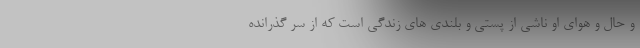
و حال و هوای او ناشی از پستی و بلندی های زندگی است که از سر گذرانده